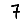
Digit: 7